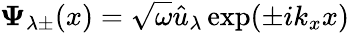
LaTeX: \mathbf{\Psi}_{\lambda\pm}(x)=\sqrt{\omega}\hat{u}_{\lambda}\exp(\pm ik_{x}x)